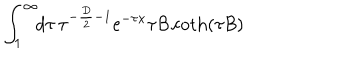
\int _ { 1 } ^ { \infty } \! \! d \tau \, \tau ^ { - { \frac { D } { 2 } } - 1 } { \mathrm e } ^ { - \tau x } \tau { { \cal B } } \coth ( \tau { { \cal B } } )